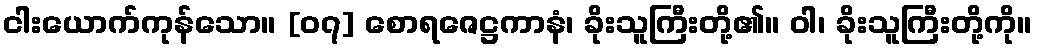
ငါးယောက်ကုန်သော။ [၀၇] စောရဇေဋ္ဌကာနံ၊ ခိုးသူကြီးတို့၏။ ဝါ၊ ခိုးသူကြီးတို့ကို။